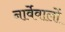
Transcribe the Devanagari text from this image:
नार्वेवालों